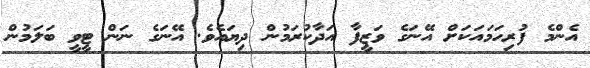
އެންމެ ފުރިހަމައަކަށް އޭނަގެ ވަޒީފާ އަދާކުރަމުން ދިޔައެވެ. އޭނަގެ ނަން ޓީވީ ބަލަމުން